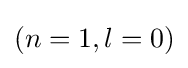
(n=1,l=0)